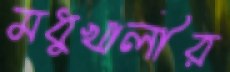
মধুখালীর